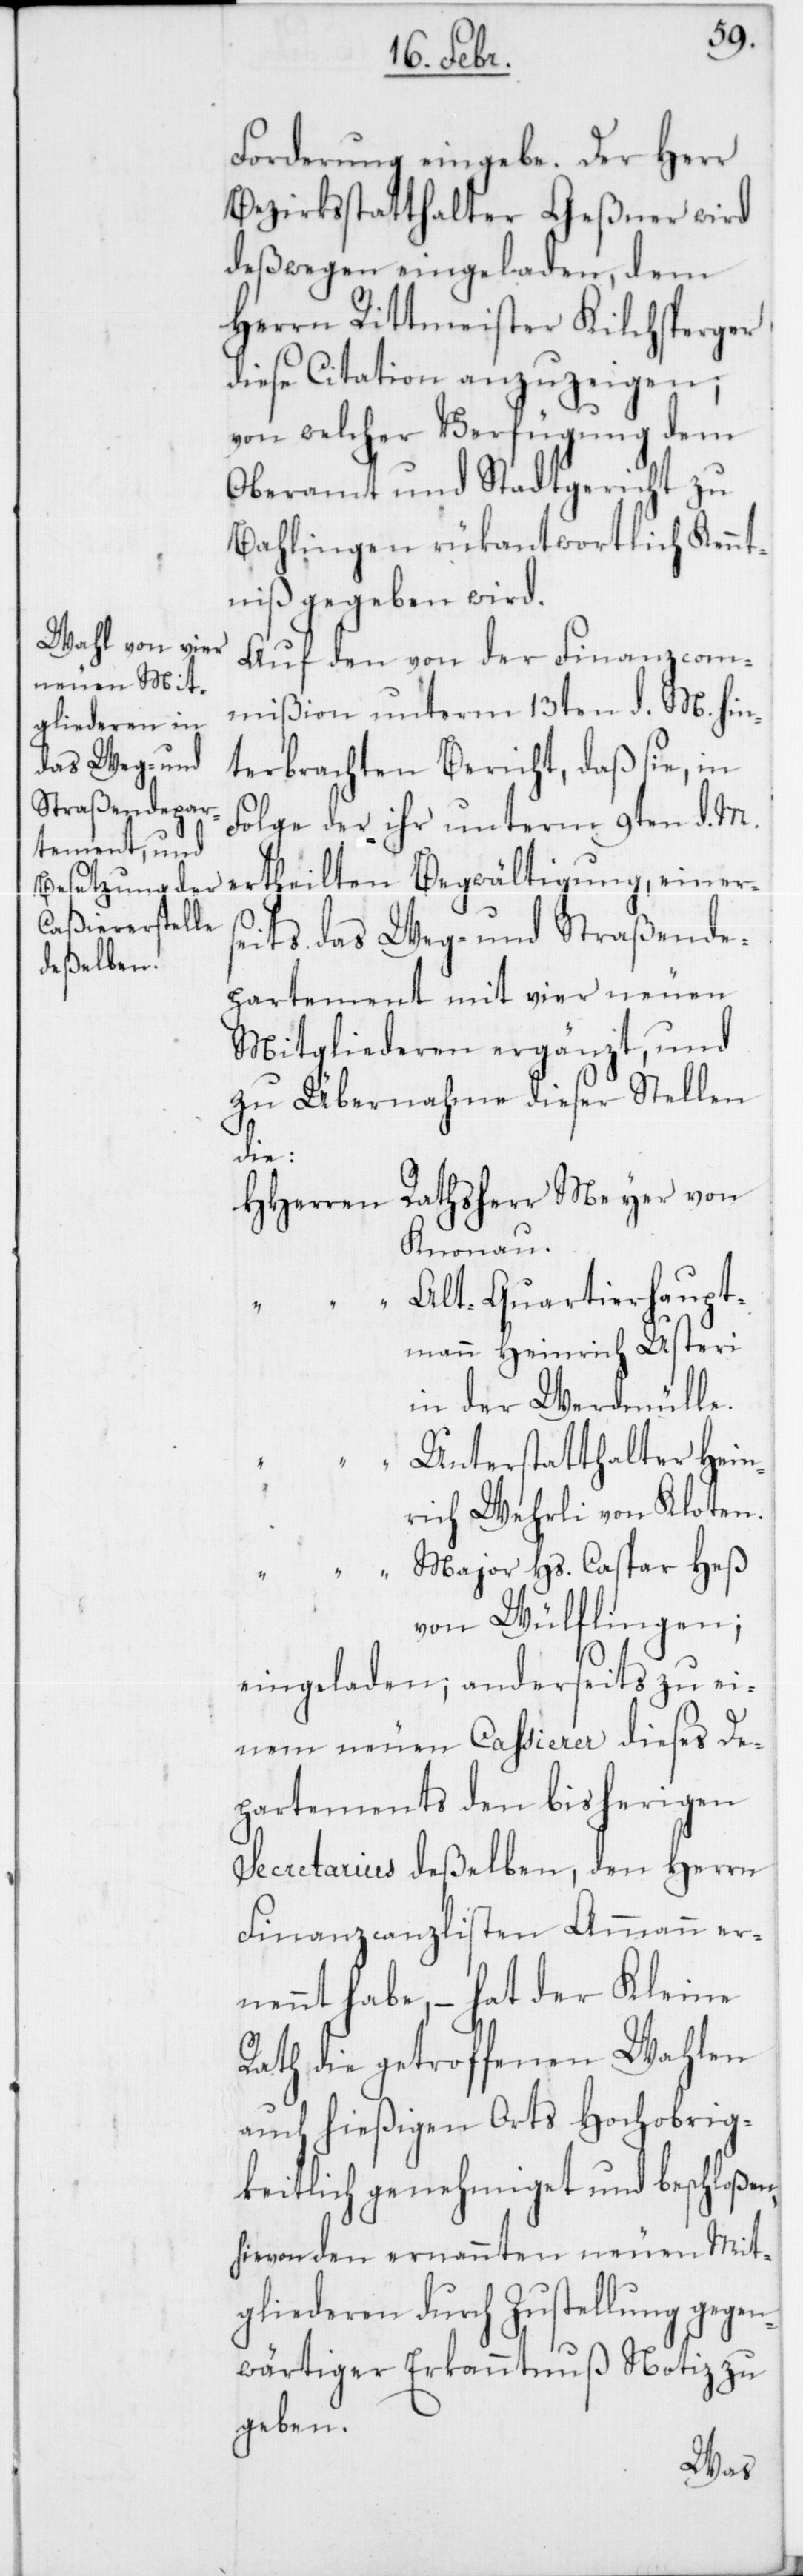
Forderung eingebe. Der Herr
Bezirksstatthalter Geßner wird
deßwegen eingeladen, dem
Herrn Rittmeister Kilchsperger
diese Citation anzuzeigen;
von welcher Verfügung dem
Oberamt und Stadtgericht zu
Bahlingen rükantwortlich Kennt¬
niß gegeben wird.
Auf den von der Finanzcom¬
mißion unterm 13ten d. M. hin¬
terbrachten Bericht, daß sie, in
Folge der ihr unterm 9ten d. M.
seits das Weg- und Straßende¬
partement mit vier neuen
Mitgliederen ergänzt, und
zu Übernahme dieser Stellen
die
HHerren Rathsherr Meyer von
Knonau.
“ Alt-Quartierhaupt¬
mann Heinrich Usteri
Unterstatthalter Hein¬
rich Wehrli von Kloten
“ Major Hs. Caspar Heß
von Wülflingen;
eingeladen, anderseits zu ei¬
nem neuen Cassierer dieses De¬
partements den bisherigen
Secretarius deßelben, den Herrn
Finanzcanzlisten Ammann er¬
nennt habe, – hat der Kleine
Rath die getroffenen Wahlen
auch hießigen Orts Hochobrig¬
keitlich genehmiget und beschloßen,
hievon den ernannten neuen Mit¬
gliederen durch Zustellung gegen¬
wärtiger Erkanntnuß Notiz zu
geben.